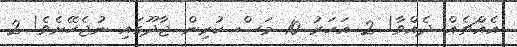
އެއްޗެއް ދެއްވާ! 2 އަހަރު 10 މަސް ކުރިން ޖާދޫގައި ނުޖެހޭށެވެ! 2